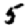
Digit: 5